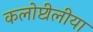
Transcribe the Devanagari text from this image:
कलोप्टीलीया